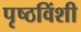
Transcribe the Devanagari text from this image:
पृष्ठविंशी